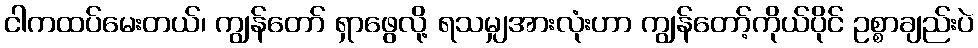
ငါကထပ်မေးတယ်၊ ကျွန်တော် ရှာဖွေလို့ ရသမျှအားလုံးဟာ ကျွန်တော့်ကိုယ်ပိုင် ဥစ္စာချည်းပဲ